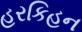
હરકિહન